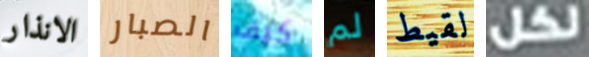
الانذار الصبار كيف لم لقيط لكل